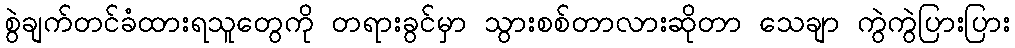
စွဲချက်တင်ခံထားရသူတွေကို တရားခွင်မှာ သွားစစ်တာလားဆိုတာ သေချာ ကွဲကွဲပြားပြား